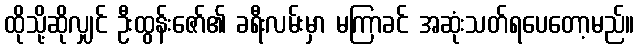
ထိုသို့ဆိုလျှင် ဦးထွန်းဇော်၏ ခရီးလမ်းမှာ မကြာခင် အဆုံးသတ်ရပေတော့မည်။